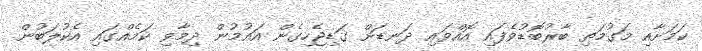
ކަމަށާއި މަގުމަތި ބާރުބޮޑުވެފައި އޮއްވައި ދަނޑަށް ގަޑިޖެހިގެން އައުމުން ދިމާވި ކަމެއްގައި އެކުލަބުން